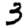
Digit: 3